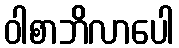
ဝါစာဘိလာပေါ